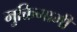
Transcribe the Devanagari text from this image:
मुक्तिगामी